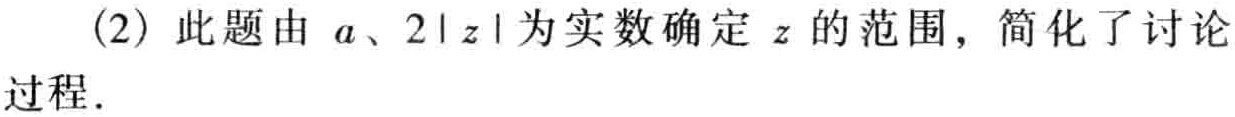
(2) 此题由 \(a\)、\(2|z|\) 为实数确定 \(z\) 的范围，简化了讨论过程.